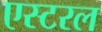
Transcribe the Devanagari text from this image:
एस्टरल